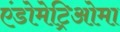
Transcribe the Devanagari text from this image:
एंडोमेट्रिओमा